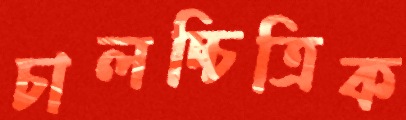
চালচ্চিত্রিক